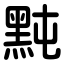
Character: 黗